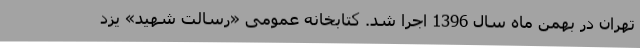
تهران در بهمن ماه سال 1396 اجرا شد. کتابخانه عمومی «رسالت شهید» یزد